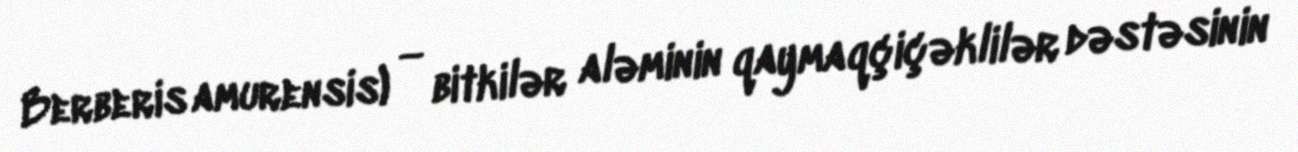
Berberis amurensis) — bitkilər aləminin qaymaqçiçəklilər dəstəsinin